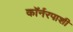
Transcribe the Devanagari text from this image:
कॉर्नरपाशी